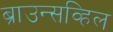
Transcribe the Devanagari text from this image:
ब्राउन्सव्हिल